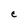
Character: C